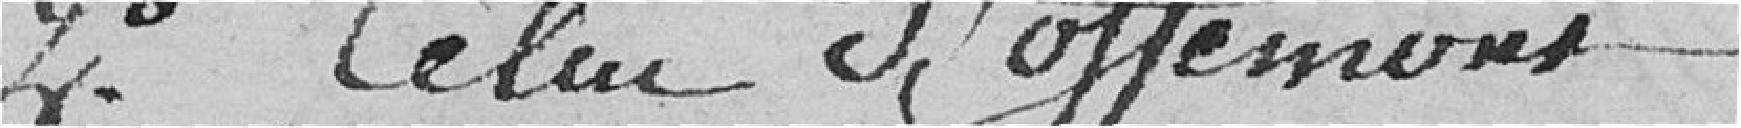
2.° Celui d'Offemont